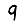
Digit: 9